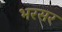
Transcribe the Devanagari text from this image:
भरसर